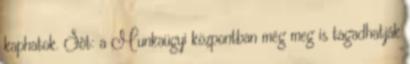
kaphatok. Sõt: a Munkaügyi központban még meg is tagadhatják